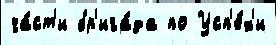
ча́ст'и бр'ига́да по Усп'е́х'и